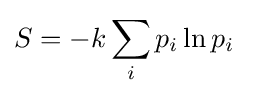
S=-k\sum _{i}p_{i}\ln p_{i}\;